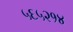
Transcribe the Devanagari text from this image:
५६५२१४